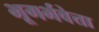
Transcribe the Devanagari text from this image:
भूगर्भवेत्ता